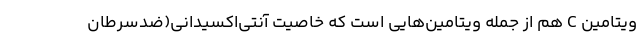
ویتامین C هم از جمله ویتامین‌هایی است که خاصیت آنتی‌اکسیدانی(ضدسرطان